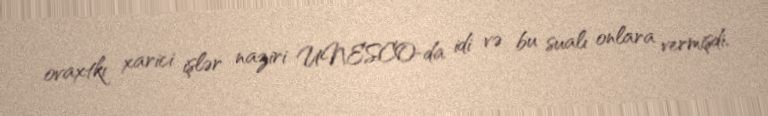
ovaxtkı xarici işlər naziri UNESCO-da idi və bu sualı onlara vermişdi.